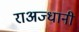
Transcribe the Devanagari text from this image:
राअज्धानी